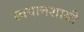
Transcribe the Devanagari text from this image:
स्वयात्तशासी